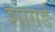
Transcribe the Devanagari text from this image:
शागर्ङ